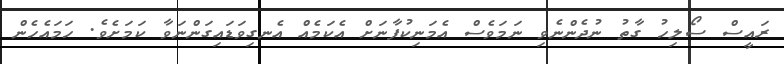
ރައީސް ސޯލިހު ގާތު ނުދެންނެވި ނަމަވެސް އެމަނިކުފާނަށް އެކަމެއް އެނގިވަޑައިގަންނަވާ ކަމަށެވެ. ހަމައެހެން